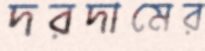
দরদামের